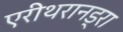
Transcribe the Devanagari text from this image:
एरीथरानड्रा